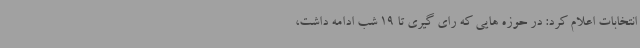
انتخابات اعلام کرد: در حوزه هایی که رای گیری تا 19 شب ادامه داشت،